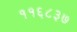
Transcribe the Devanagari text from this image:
११६८३७